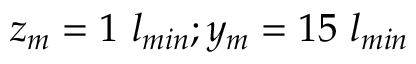
z _ { m } = 1 ~ l _ { m i n } ; y _ { m } = 1 5 ~ l _ { m i n }